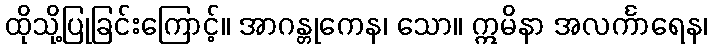
ထိုသို့ပြုခြင်းကြောင့်။ အာဂန္တုကေန၊ သော။ ဣမိနာ အလင်္ကာရေန၊